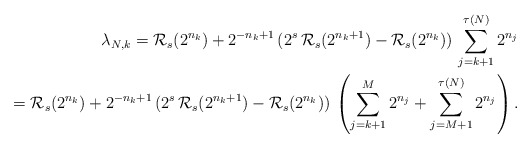
\begin{align*}\lambda_{N,k}=\mathcal{R}_{s}(2^{n_{k}})+2^{-n_{k}+1}\,(2^{s}\,\mathcal{R}_{s}(2^{n_{k}+1})-\mathcal{R}_{s}(2^{n_{k}}))\,\sum_{j=k+1}^{\tau(N)}2^{n_{j}}\\=\mathcal{R}_{s}(2^{n_{k}})+2^{-n_{k}+1}\,(2^{s}\,\mathcal{R}_{s}(2^{n_{k}+1})-\mathcal{R}_{s}(2^{n_{k}}))\,\left(\sum_{j=k+1}^{M}2^{n_{j}}+\sum_{j=M+1}^{\tau(N)}2^{n_{j}}\right).\end{align*}